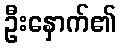
ဦးနှောက်၏